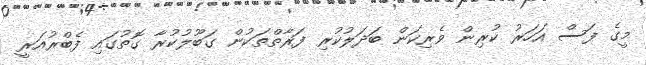
މީގެ ފަސް އަހަރު ކުރިން ވެރިކަން ބަދަލުކުރި ފަރާތްތަކުން ގަބޫލުކުރާ ގޮތުގައި ފެބްރުއަރީ